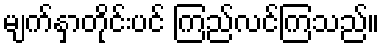
မျက်နှာတိုင်းပင် ကြည်လင်ကြသည်။